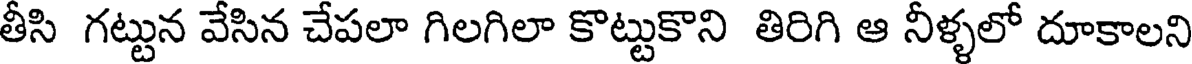
తీసి గట్టున వేసిన చేపలా గిలగిలా కొట్టుకొని తిరిగి ఆ నీళ్ళలో దూకాలని